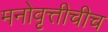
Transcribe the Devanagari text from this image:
मनोवृत्तीचीच